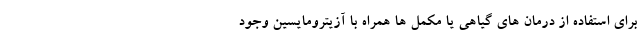
برای استفاده از درمان های گیاهی یا مکمل ها همراه با آزیترومایسین وجود